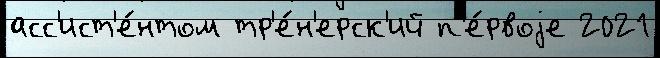
асс'ист'е́нтом тр'е́н'ерск'ий п'е́рвоjе 2021